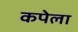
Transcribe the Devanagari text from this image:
कपेला